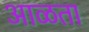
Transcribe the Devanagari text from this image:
आळता